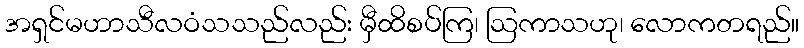
အရှင်မဟာသီလဝံသသည်လည်း မှီထိစပ်ကြ၊ ဩကာသဟု၊ လောကတရည်။